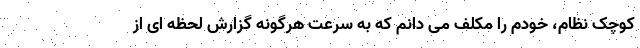
کوچک نظام، خودم را مکلف می دانم که به سرعت هرگونه گزارش لحظه ای از